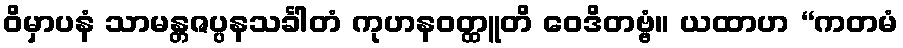
ဝိမှာပနံ သာမန္တဇပ္ပနသင်္ခါတံ ကုဟနဝတ္ထူတိ ဝေဒိတဗ္ဗံ။ ယထာဟ “ကတမံ